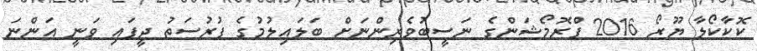
ކޮކާކޯލާ ޔޫރޯ 2016 ޕްރޮމޯޝަންގެ ނަސީބުވެރިންނަށް ބަލައިލުމުގެ ފުރުސަތު ދީފައި ވަނީ އަންނަ